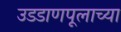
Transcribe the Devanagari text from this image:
उडडाणपूलाच्या